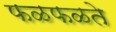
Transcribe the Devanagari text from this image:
फळफळते